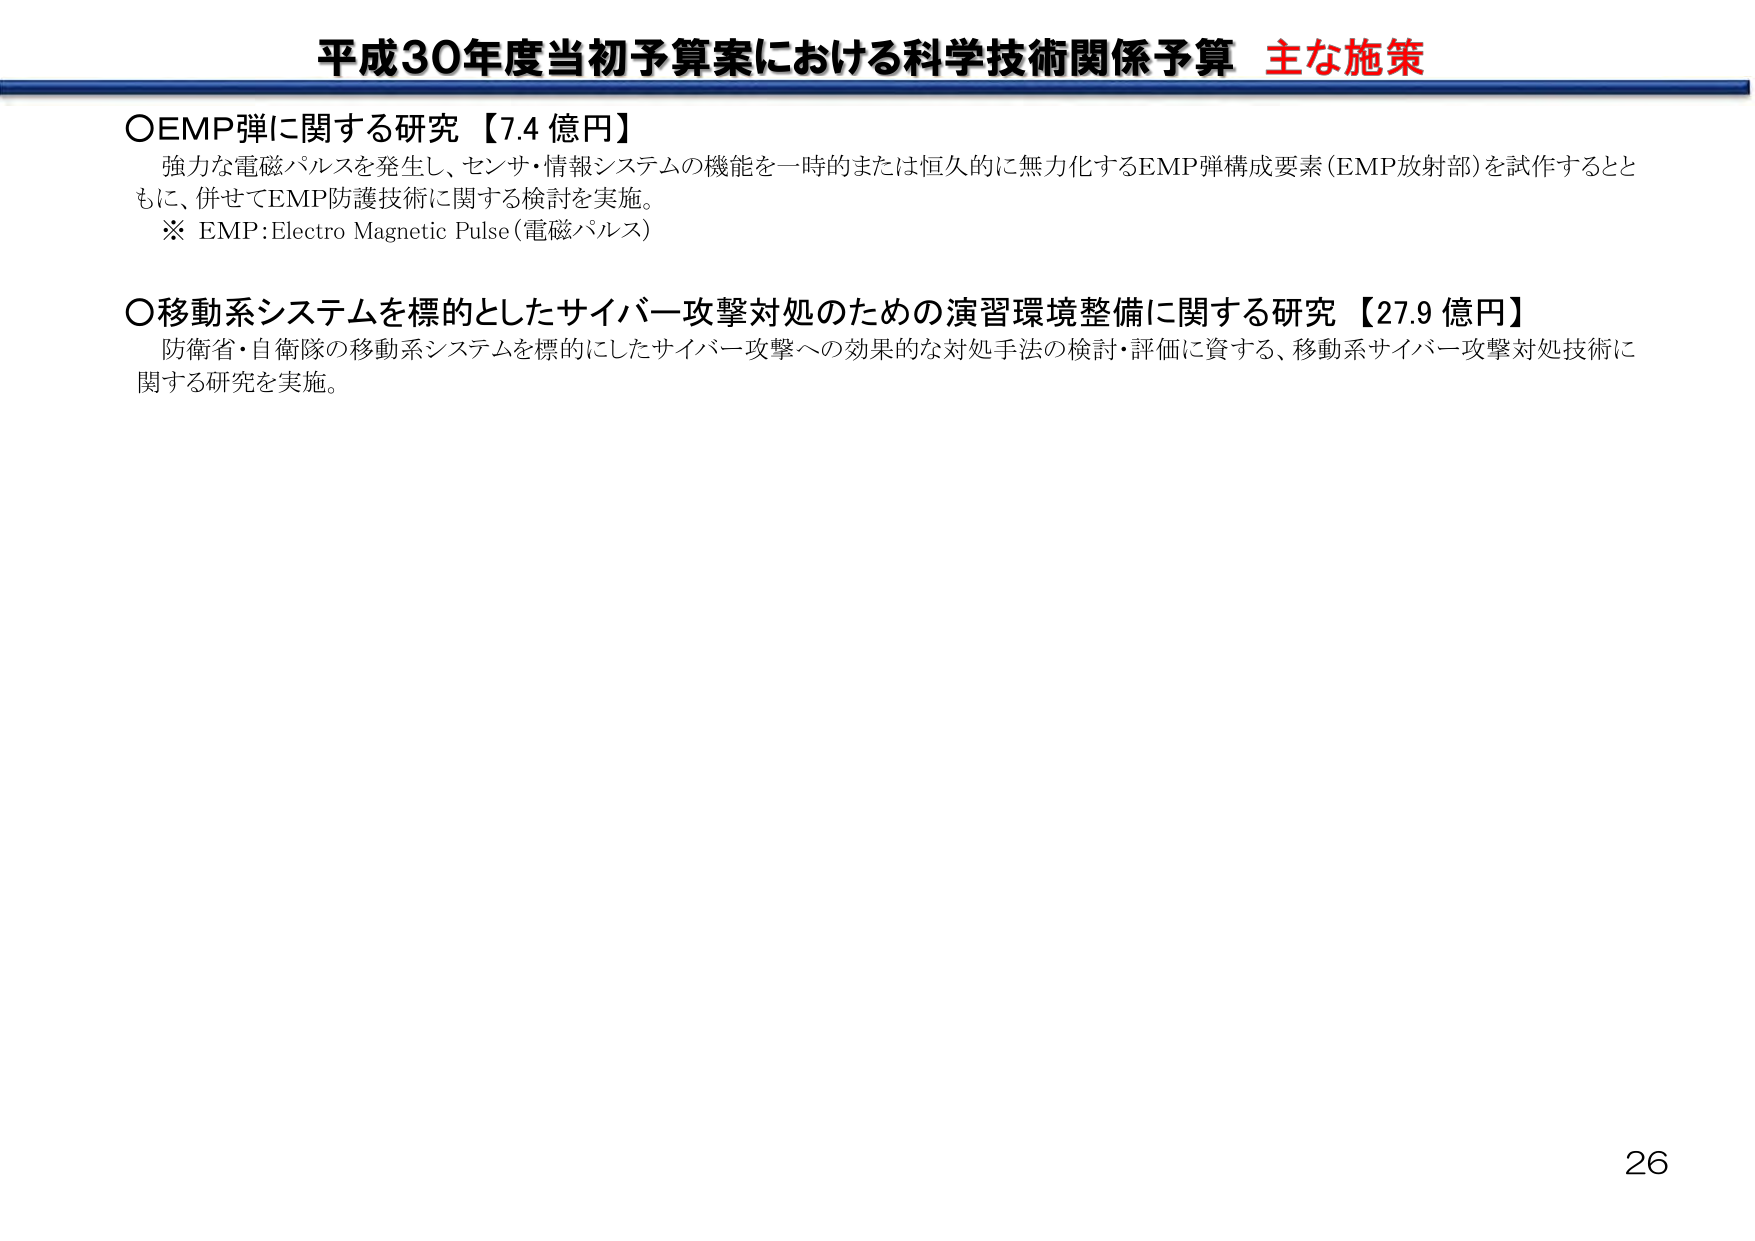
平成30年度当初予算案における科学技術関係予算 主な施策

○EMP弾に関する研究【7.4 億円】
強力な電磁パルスを発生し、センサ・情報システムの機能を一時的または恒久的に無力化するEMP弾構成要素（EMP放射部）を試作するとともに、併せてEMP防護技術に関する検討を実施。
※ EMP:Electro Magnetic Pulse（電磁パルス）

○移動系システムを標的としたサイバー攻撃対処のための演習環境整備に関する研究【27.9 億円】
防衛省・自衛隊の移動系システムを標的にしたサイバー攻撃への効果的な対処手法の検討・評価に資する、移動系サイバー攻撃対処技術に関する研究を実施。

26